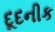
દૂદનીક